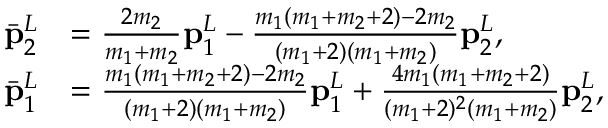
\begin{array} { r l } { \bar { \mathbf { p } } _ { 2 } ^ { L } } & { = \frac { 2 m _ { 2 } } { m _ { 1 } + m _ { 2 } } \mathbf { p } _ { 1 } ^ { L } - \frac { m _ { 1 } ( m _ { 1 } + m _ { 2 } + 2 ) - 2 m _ { 2 } } { ( m _ { 1 } + 2 ) ( m _ { 1 } + m _ { 2 } ) } \mathbf { p } _ { 2 } ^ { L } , } \\ { \bar { \mathbf { p } } _ { 1 } ^ { L } } & { = \frac { m _ { 1 } ( m _ { 1 } + m _ { 2 } + 2 ) - 2 m _ { 2 } } { ( m _ { 1 } + 2 ) ( m _ { 1 } + m _ { 2 } ) } \mathbf { p } _ { 1 } ^ { L } + \frac { 4 m _ { 1 } ( m _ { 1 } + m _ { 2 } + 2 ) } { ( m _ { 1 } + 2 ) ^ { 2 } ( m _ { 1 } + m _ { 2 } ) } \mathbf { p } _ { 2 } ^ { L } , } \end{array}